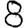
Digit: 8